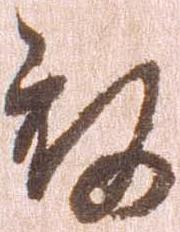
被